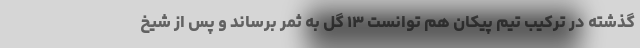
گذشته در ترکیب تیم پیکان هم توانست ۱۳ گل به ثمر برساند و پس از شیخ